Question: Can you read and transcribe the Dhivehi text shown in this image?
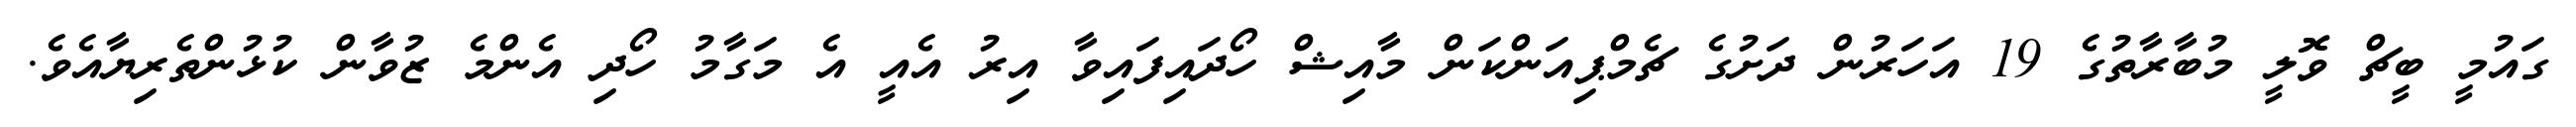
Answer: ގައުމީ ބީޗް ވޮލީ މުބާރާތުގެ 19 އަހަރުން ދަށުގެ ޗެމްޕިއަންކަން މާއިޝް ހޯދައިފައިވާ އިރު އެއީ އެ މަގާމު ހޯދި އެންމެ ޒުވާން ކުޅުންތެރިޔާއެވެ.